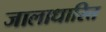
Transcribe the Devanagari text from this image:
जालाधारित